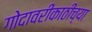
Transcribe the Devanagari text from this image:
गोदावरीकाठीच्या